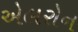
એલરોન